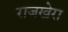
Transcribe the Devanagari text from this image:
राजखेरा